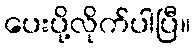
ပေးပို့လိုက်ပါပြီ။